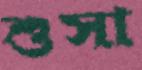
শুসা